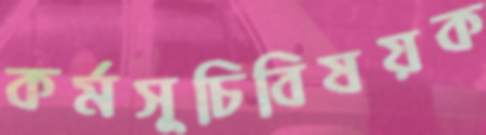
কর্মসূচিবিষয়ক